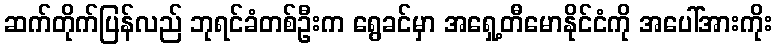
ဆက်တိုက်ပြန်လည် ဘုရင်ခံတစ်ဦးက ရွေခင်မှာ အရှေ့တီမောနိုင်ငံကို အပေါ်အားကိုး